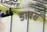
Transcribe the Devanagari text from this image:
डावर्स